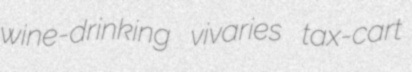
wine-drinking vivaries tax-cart